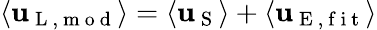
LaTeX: \langle\mathbf{u}_{\mathrm{{~L~,~m~o~d~}}}\rangle=\langle\mathbf{u}_{\mathrm{{~S~}}}\rangle+\langle\mathbf{u}_{\mathrm{{~E~,~f~i~t~}}}\rangle